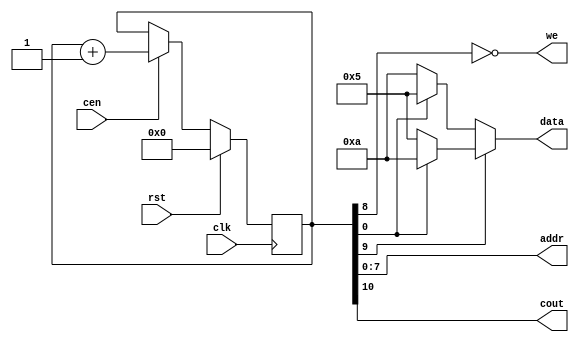
`timescale 1ns / 1ps

module MBIST_CounterCH
(input clk, cen, rst,
output [7: 0] addr,
output [3:0] data,
output we,cout);

reg [10:0] counter;

always @(posedge clk) begin
    if (rst)
        counter <= 0;
    else if (cen)
            counter <= counter + 1;
    else
        counter <= counter;
end

assign cout = counter[10];
assign addr = counter[7:0];
assign we = ~counter[8];
assign data = counter[9]?(counter[0]?4'b1010:4'b0101):(counter[0]?4'b0101:4'b1010);

endmodule